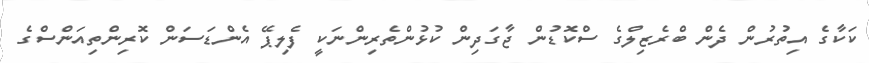
ކަކާގެ އިތުރުން ދެން ބްރެޒިލްގެ ސްކޮޑުން ޖާގަދިން ކުޅުންތެރިންނަކީ ފެލިޕޭ އެންޑަސަން ކޮރިންތިއަންސްގެ